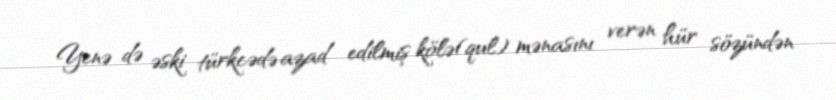
Yenə də əski türkcədə azad edilmiş kölə(qul) mənasını verən hür sözündən